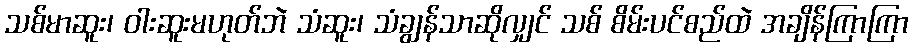
သစ်မာဆူး၊ ဝါးဆူးမဟုတ်ဘဲ သံဆူး၊ သံချွန်သာဆိုလျှင် သစ် စိမ်းပင်စည်ထဲ အချိန်ကြာကြာ